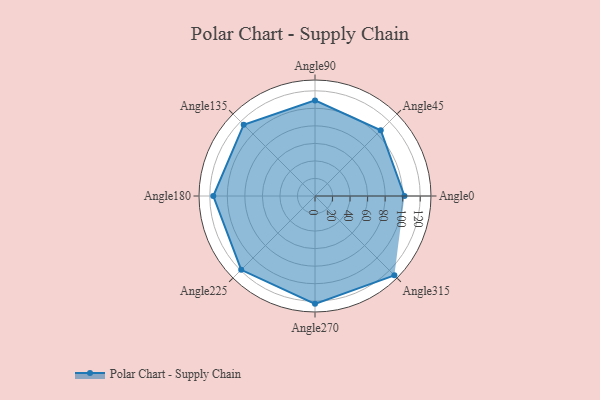
{"axis": {"x": "Angle", "y": "Radius"}, "legend": [""], "data": [{"x": "Angle0", "y": 102.0, "type": ""}, {"x": "Angle45", "y": 106.0, "type": ""}, {"x": "Angle90", "y": 109.0, "type": ""}, {"x": "Angle135", "y": 115.0, "type": ""}, {"x": "Angle180", "y": 116.0, "type": ""}, {"x": "Angle225", "y": 119.0, "type": ""}, {"x": "Angle270", "y": 123.0, "type": ""}, {"x": "Angle315", "y": 128.0, "type": ""}]}